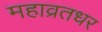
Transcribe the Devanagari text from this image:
महाव्रतधर